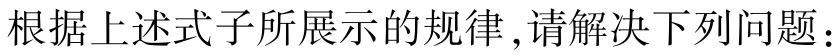
根据上述式子所展示的规律,请解决下列问题：